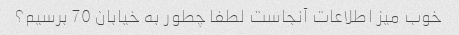
خوب میز اطلاعات آنجاست لطفا چطور به خیابان 70 برسیم؟